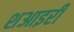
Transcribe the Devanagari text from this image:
शआइरी